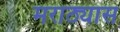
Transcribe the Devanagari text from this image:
मराठ्यास